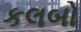
કલબો